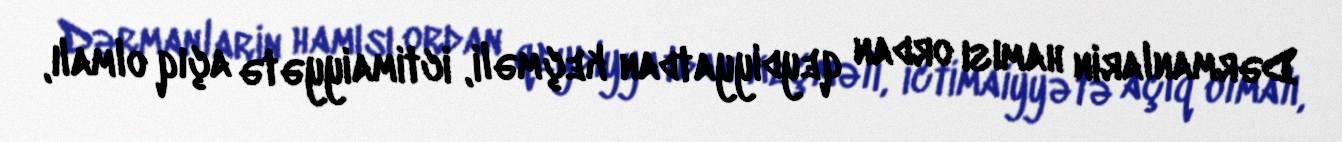
Dərmanlarin hamısı ordan qeydiyyatdan keçməli, ictimaiyyətə açıq olmalı,